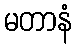
မတာနံ